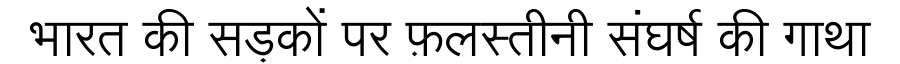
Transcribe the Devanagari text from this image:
भारत की सड़कों पर फ़लस्तीनी संघर्ष की गाथा